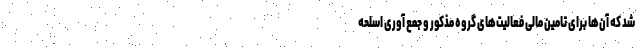
شد که آن‌ها برای تامین مالی فعالیت‌های گروه مذکور و جمع آوری اسلحه